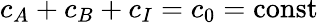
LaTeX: c_{A}+c_{B}+c_{I}=c_{0}=\mathrm{const}